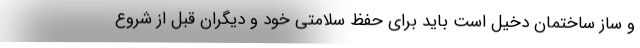
و ساز ساختمان دخیل است باید برای حفظ سلامتی خود و دیگران قبل از شروع